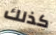
كذلك